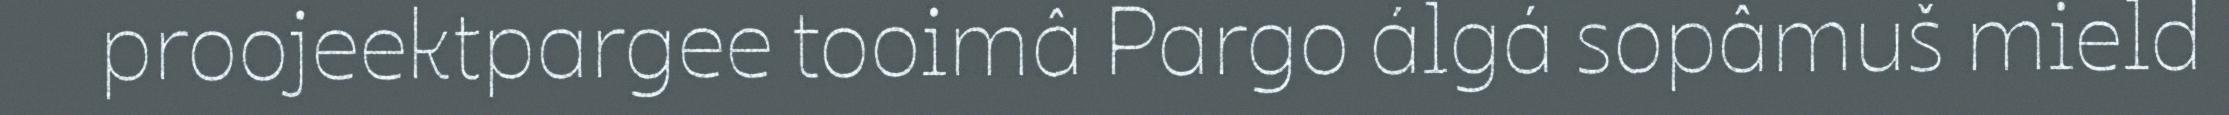
proojeektpargee tooimâ Pargo álgá sopâmuš mield